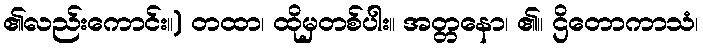
၏လည်းကောင်း။) တထာ၊ ထိုမှတစ်ပါး။ အတ္တနော၊ ၏။ ဌိတောကာသံ၊